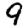
Digit: 9